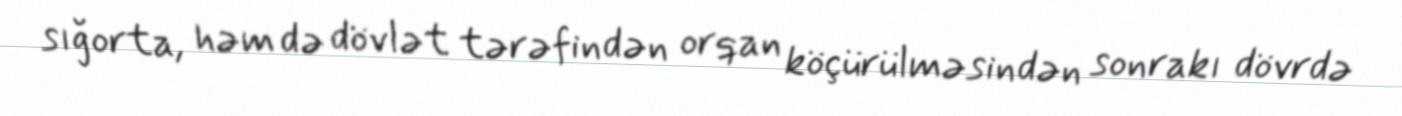
sığorta, həm də dövlət tərəfindən orqan köçürülməsindən sonrakı dövrdə